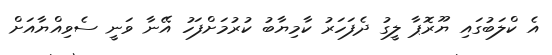
އެ ކްލަބުގައި ޔޫރޮޕާ ލީގު ދެފަހަރު ކާމިޔާބު ކުރުމަށްފަހު އޭނާ ވަނީ ސެވިއްޔާއަށް